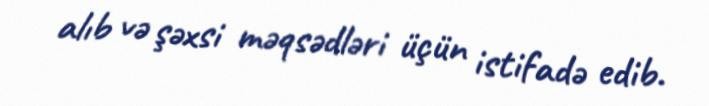
alıb və şəxsi məqsədləri üçün istifadə edib.